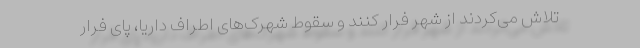
تلاش می‌کردند از شهر فرار کنند و سقوط شهرک‌های اطراف داریا، پای فرار